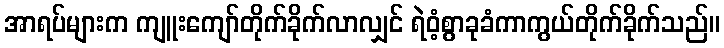
အာရပ်များက ကျူးကျော်တိုက်ခိုက်လာလျှင် ရဲဝံ့စွာခုခံကာကွယ်တိုက်ခိုက်သည်။